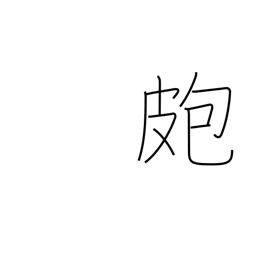
Meaning: pimple